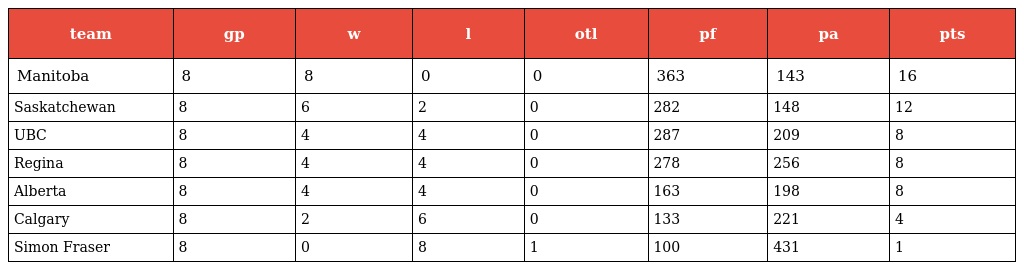
| team | gp | w | l | otl | pf | pa | pts |
 | --- | --- | --- | --- | --- | --- | --- | --- |
 | Manitoba | 8 | 8 | 0 | 0 | 363 | 143 | 16 |
 | Saskatchewan | 8 | 6 | 2 | 0 | 282 | 148 | 12 |
 | UBC | 8 | 4 | 4 | 0 | 287 | 209 | 8 |
 | Regina | 8 | 4 | 4 | 0 | 278 | 256 | 8 |
 | Alberta | 8 | 4 | 4 | 0 | 163 | 198 | 8 |
 | Calgary | 8 | 2 | 6 | 0 | 133 | 221 | 4 |
 | Simon Fraser | 8 | 0 | 8 | 1 | 100 | 431 | 1 |